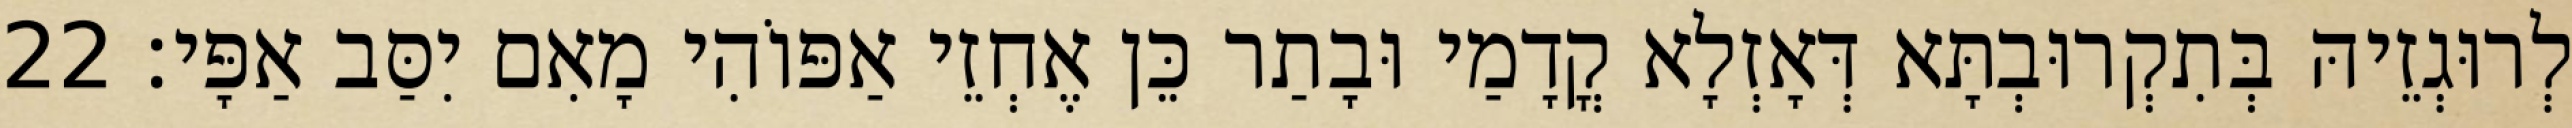
לְרוּגְזֵיהּ בְּתִקְרוּבְתָּא דְּאָזְלָא קֳדָמַי וּבָתַר כֵּן אֶחְזֵי אַפּוֹהִי מָאִם יִסַּב אַפָּי׃ 22